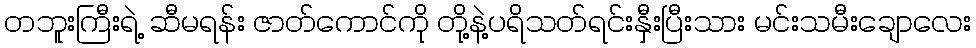
တဘူးကြီးရဲ့ ဆီမရန်း ဇာတ်ကောင်ကို တို့နဲ့ပရိသတ်ရင်းနှီးပြီးသား မင်းသမီးချောလေး